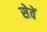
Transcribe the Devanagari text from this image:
सेवें